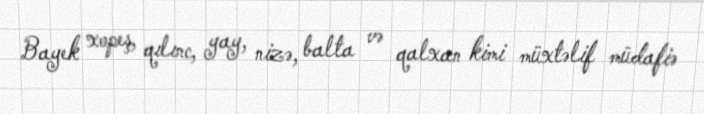
Bayek xopeş, qılınc, yay, nizə, balta və qalxan kimi müxtəlif müdafiə